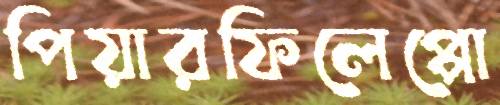
পিয়ারফিলেপ্পো